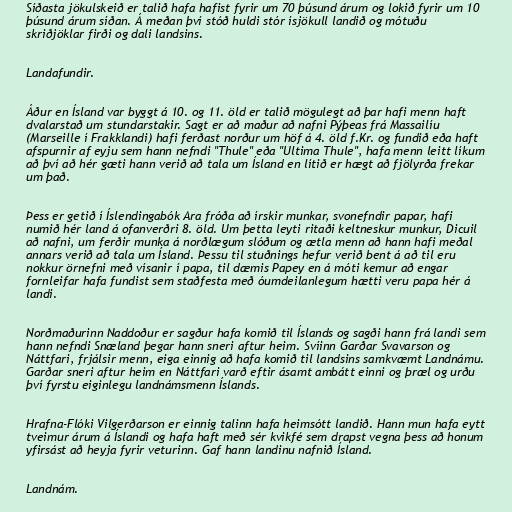
Síðasta jökulskeið er talið hafa hafist fyrir um 70 þúsund árum og lokið fyrir um 10
þúsund árum síðan. Á meðan því stóð huldi stór ísjökull landið og mótuðu
skriðjöklar firði og dali landsins.

Landafundir.

Áður en Ísland var byggt á 10. og 11. öld er talið mögulegt að þar hafi menn haft
dvalarstað um stundarstakir. Sagt er að maður að nafni Pýþeas frá Massailíu
(Marseille í Frakklandi) hafi ferðast norður um höf á 4. öld f.Kr. og fundið eða haft
afspurnir af eyju sem hann nefndi "Thule" eða "Ultima Thule", hafa menn leitt líkum
að því að hér gæti hann verið að tala um Ísland en lítið er hægt að fjölyrða frekar
um það.

Þess er getið í Íslendingabók Ara fróða að írskir munkar, svonefndir papar, hafi
numið hér land á ofanverðri 8. öld. Um þetta leyti ritaði keltneskur munkur, Dicuil
að nafni, um ferðir munka á norðlægum slóðum og ætla menn að hann hafi meðal
annars verið að tala um Ísland. Þessu til stuðnings hefur verið bent á að til eru
nokkur örnefni með vísanir í papa, til dæmis Papey en á móti kemur að engar
fornleifar hafa fundist sem staðfesta með óumdeilanlegum hætti veru papa hér á
landi.

Norðmaðurinn Naddoður er sagður hafa komið til Íslands og sagði hann frá landi sem
hann nefndi Snæland þegar hann sneri aftur heim. Svíinn Garðar Svavarson og
Náttfari, frjálsir menn, eiga einnig að hafa komið til landsins samkvæmt Landnámu.
Garðar sneri aftur heim en Náttfari varð eftir ásamt ambátt einni og þræl og urðu
því fyrstu eiginlegu landnámsmenn Íslands.

Hrafna-Flóki Vilgerðarson er einnig talinn hafa heimsótt landið. Hann mun hafa eytt
tveimur árum á Íslandi og hafa haft með sér kvikfé sem drapst vegna þess að honum
yfirsást að heyja fyrir veturinn. Gaf hann landinu nafnið Ísland.

Landnám.